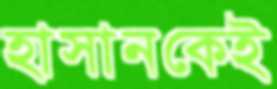
হাসানকেই